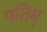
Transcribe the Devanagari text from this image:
पतिम्